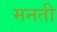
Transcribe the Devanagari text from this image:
मनती